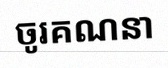
ចូរគណនា